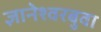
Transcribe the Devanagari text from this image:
ज्ञानेश्वरबुवा